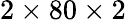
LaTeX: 2\times 80\times 2